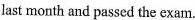
last month and passed the exam.